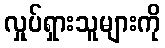
လှုပ်ရှားသူများကို